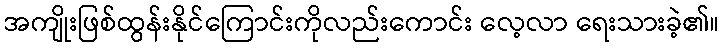
အကျိုးဖြစ်ထွန်းနိုင်ကြောင်းကိုလည်းကောင်း လေ့လာ ရေးသားခဲ့၏။